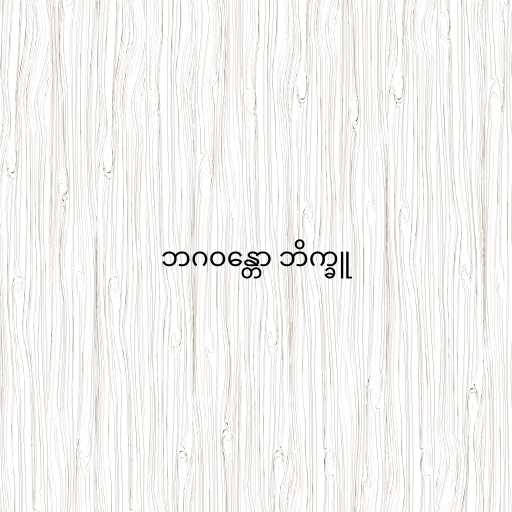
ဘဂဝန္တော ဘိက္ခူ